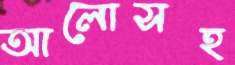
আলোসহ